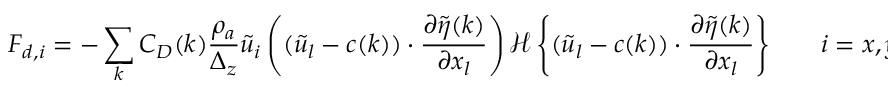
F _ { d , i } = - \sum _ { k } C _ { D } ( k ) \frac { \rho _ { a } } { \Delta _ { z } } \widetilde { u } _ { i } \left( ( \widetilde { u } _ { l } - c ( k ) ) \cdot \frac { \partial \widetilde { \eta } ( k ) } { \partial x _ { l } } \right) { \mathcal { H } \left\{ ( \widetilde { u } _ { l } - c ( k ) ) \cdot \frac { \partial \widetilde { \eta } ( k ) } { \partial x _ { l } } \right\} } \qquad i = x , y ,